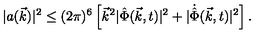
\vert a ( \vec { k } ) \vert ^ { 2 } \leq ( 2 \pi ) ^ { 6 } \left[ { \vec { k } } ^ { 2 } \vert { \hat { \Phi } } ( \vec { k } , t ) \vert ^ { 2 } + \vert { \dot { \hat { \Phi } } } ( \vec { k } , t ) \vert ^ { 2 } \right] .